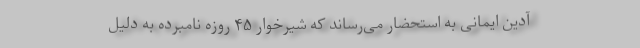
آدین ایمانی به استحضار می‌رساند که شیرخوار ۴۵ روزه نامبرده به دلیل